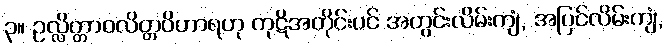
၃။ ဥလ္လိတ္တာဝလိတ္တဝိဟာရဟု ကုဋိအတိုင်းပင် အတွင်းလိမ်းကျံ, အပြင်လိမ်းကျံ,